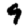
Digit: 9